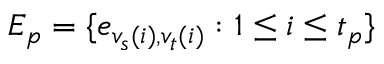
E _ { p } = \{ e _ { { v _ { s } } ( i ) , { v _ { t } } ( i ) } : 1 \le i \le t _ { p } \}